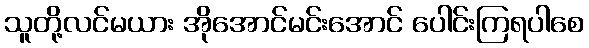
သူတို့လင်မယား အိုအောင်မင်းအောင် ပေါင်းကြရပါစေ